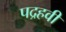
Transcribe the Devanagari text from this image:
पद्रहवीं